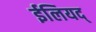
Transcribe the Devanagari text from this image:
ईलियद्